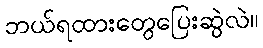
ဘယ်ရထားတွေပြေးဆွဲလဲ။